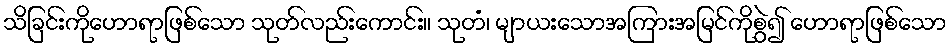
သိခြင်းကိုဟောရာဖြစ်သော သုတ်လည်းကောင်း။ သုတံ၊ မျာယးသောအကြားအမြင်ကိုစွဲ၍ ဟောရာဖြစ်သော